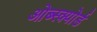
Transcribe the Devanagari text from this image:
ओब्स्क्योर्ड